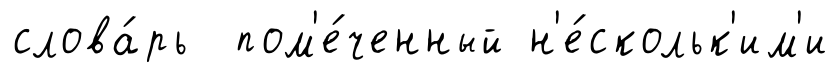
слова́рь пом'е́ченный н'е́скольк'им'и